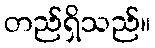
တည်ရှိသည်။